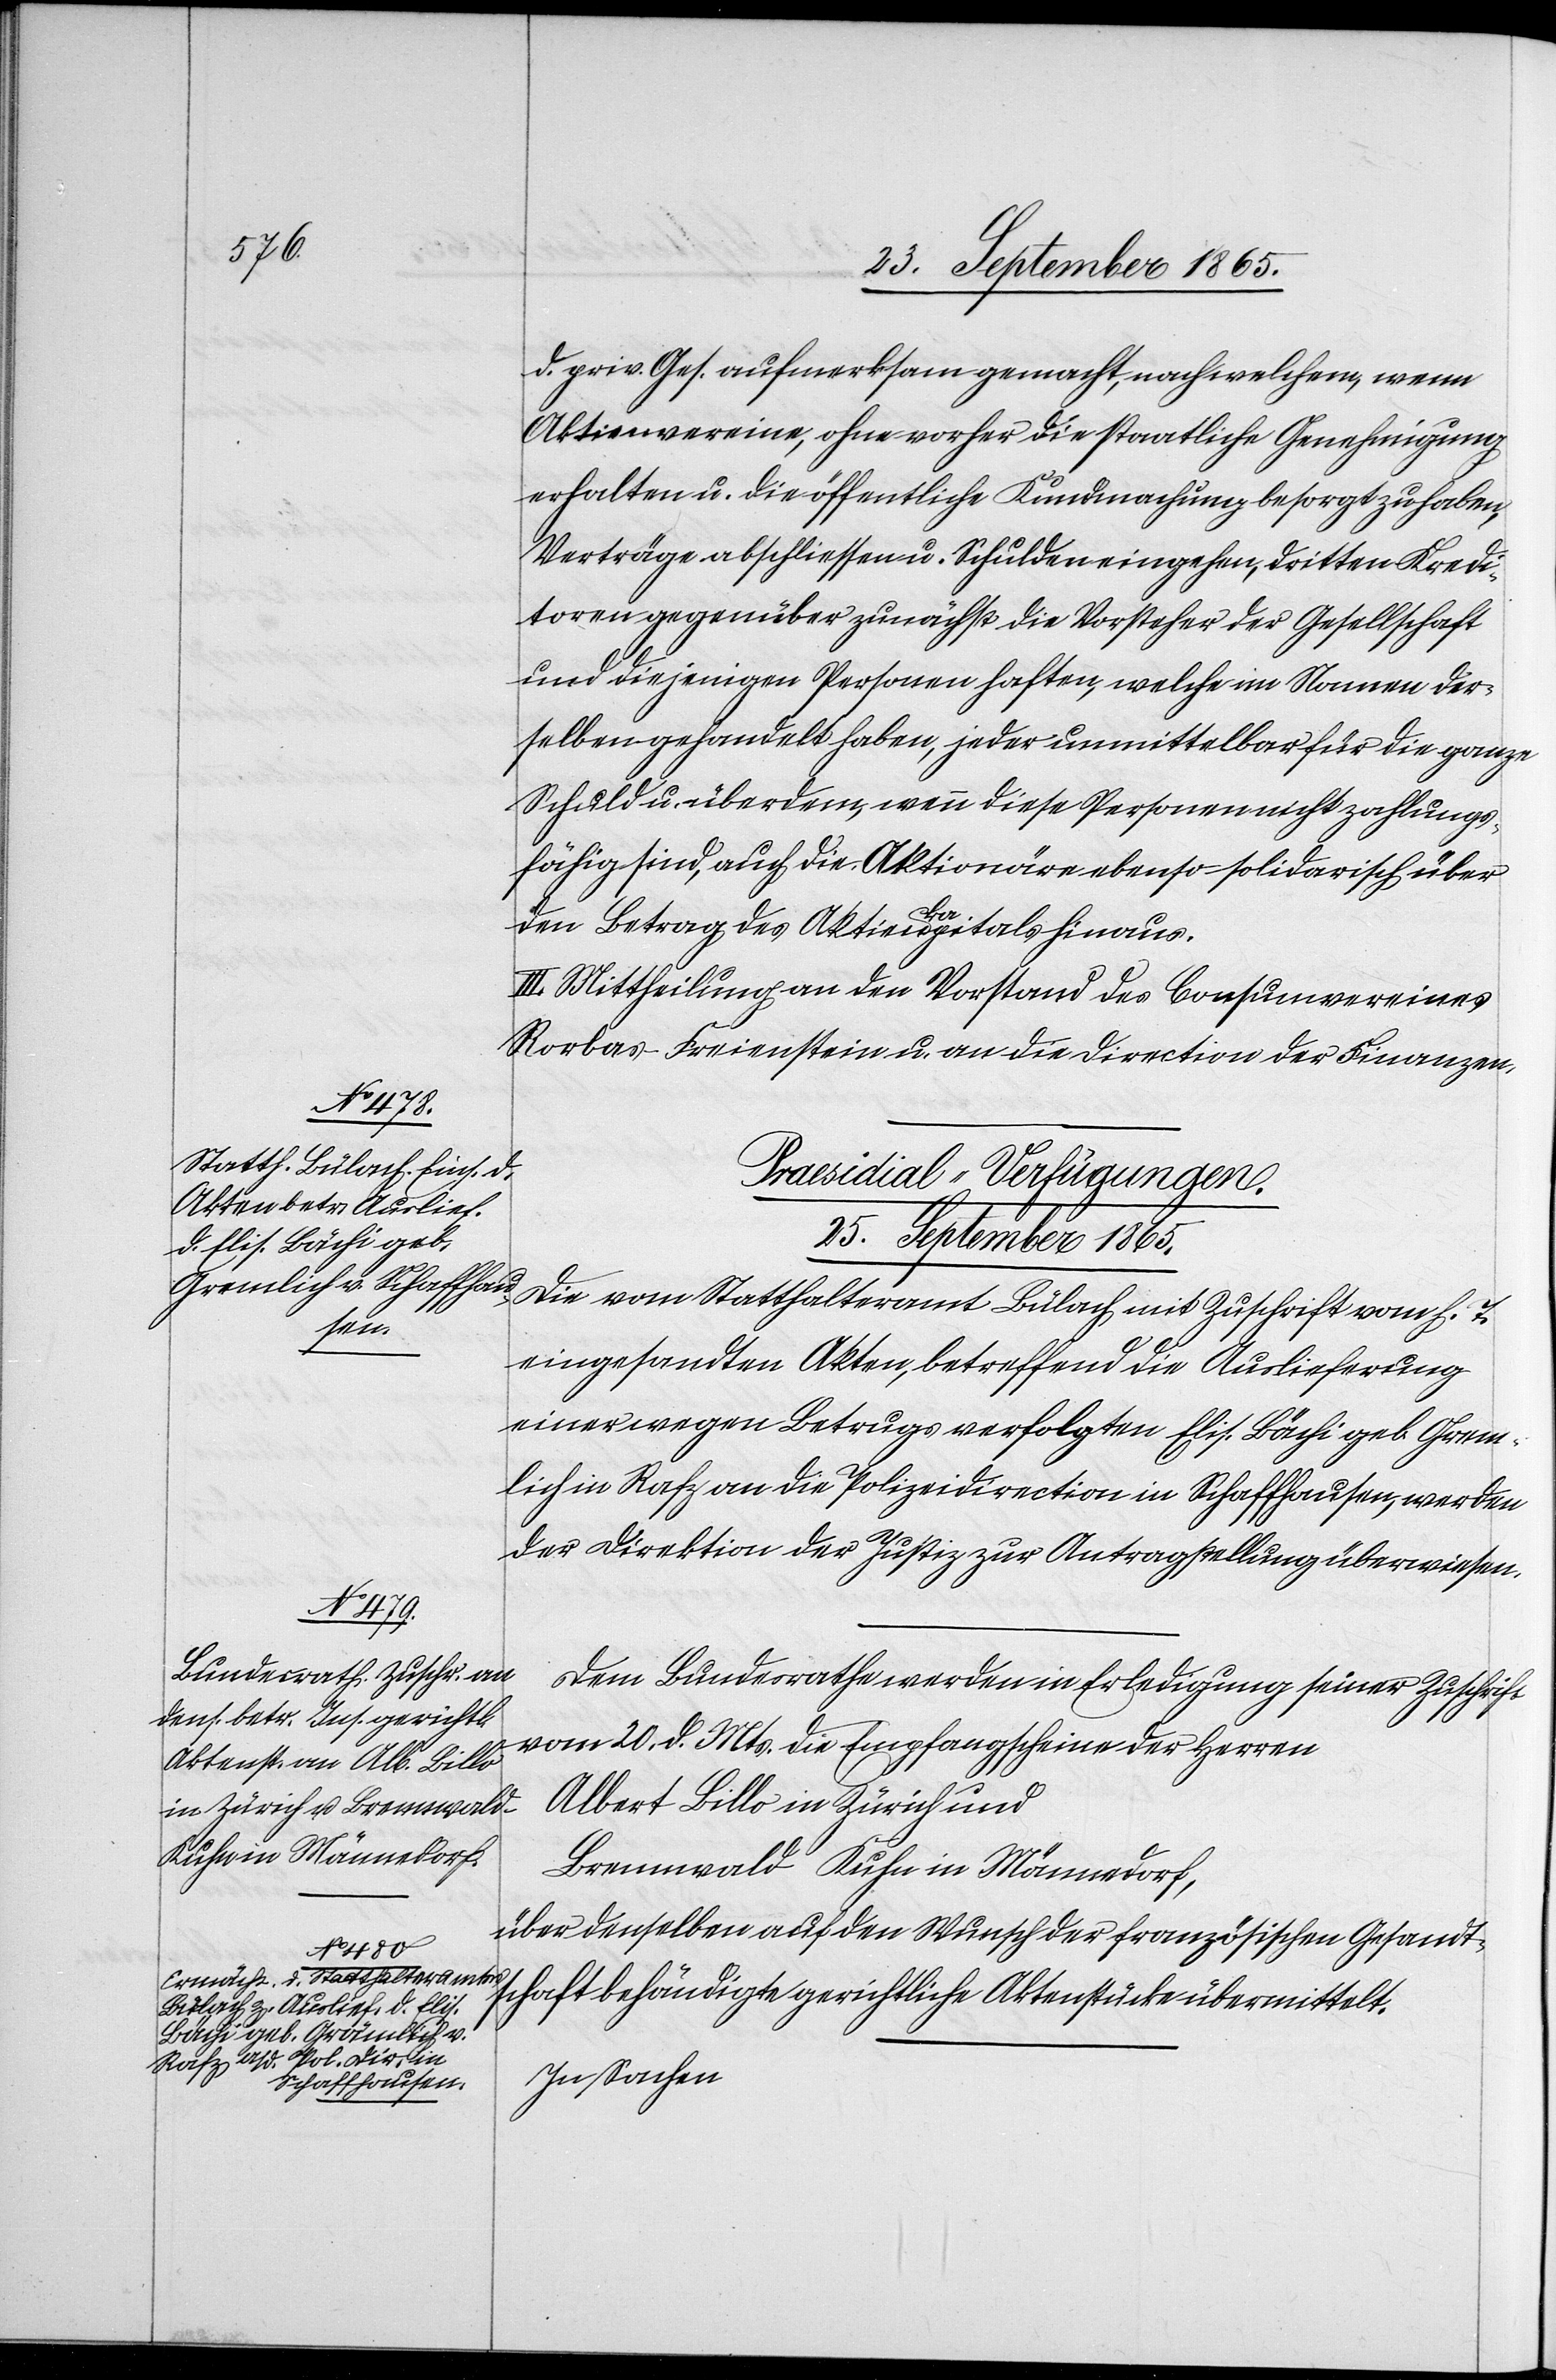
d. priv. Ges. aufmerksam gemacht, nach welchen, wenn
Aktienvereine, ohne vorher die staatliche Genehmigung
erhalten u. die öffentliche Kundmachung besorgt zu haben,
Verträge abschliessen u. Schulden eingehen, dritten Kredi¬
toren gegenüber zunächst die Vorsteher der Gesellschaft
und diejenigen Personen haften, welche im Namen der¬
selben gehandelt haben, jeder unmittelbar für die ganze
Schuld u. überdem, wenn diese Personen nicht zahlungs¬
fähig sind, auch die Aktionäre ebenso solidarisch über
vom
den Betrag des Akteinkapitals hinaus.
III. Mittheilung an den Vorstand des Consumvereines
Rorbas-Freienstein u. an die Direction der Finanzen.
[Praesidial-Verfügungen.
25. September 1865.]
h. T.
eingesandten Akten, betreffend die Auslieferung
einer wegen Betrugs verfolgten Elis. Bächi geb. Grem¬
lich in Rafz an die Polizeidirection in Schaffhausen, werden
der Direktion der Justiz zur Antragstellung überwiesen.
Dem Bundesrathe werden in Erledigung seiner Zuschrift
vom 20. d. Mts. die Empfangscheine der Herren
Albert Billo in Zürich und
Brennwald-Kuhn in Männedorf,
über denselben auf den Wunsch der französischen Gesandt¬
Die vom Statthalteramt
schaft behändigte gerichtliche Aktenstücke übermittelt.
In Sachen